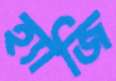
হ্যাজি